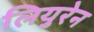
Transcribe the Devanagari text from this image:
लियुरेन